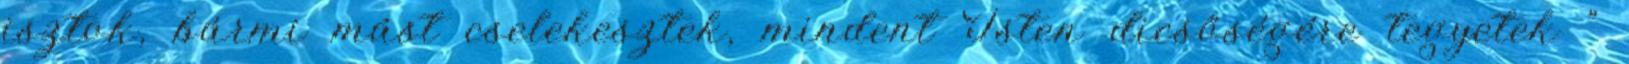
isztok, bármi mást cselekesztek, mindent Isten dicsőségére tegyetek ”